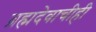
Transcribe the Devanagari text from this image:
ब्रह्मदेवाचीही